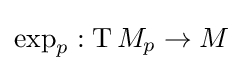
\exp _{p}:\operatorname {T} M_{p}\to M